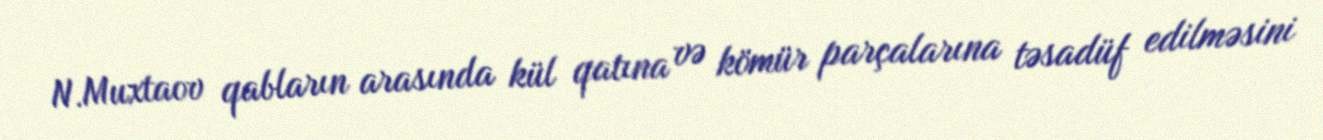
N.Muxtaov qabların arasında kül qatına və kömür parçalarına təsadüf edilməsini